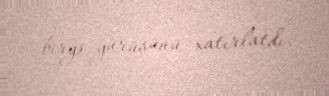
birgə yürüşünü xatırlatdı.